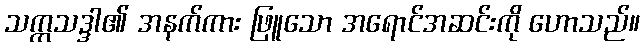
သက္ကသဒ္ဒါ၏ အနက်ကား ဖြူသော အရောင်အဆင်းကို ဟောသည်။